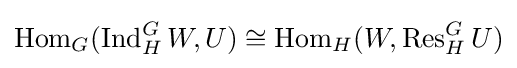
\operatorname {Hom} _{G}(\operatorname {Ind} _{H}^{G}W,U)\cong \operatorname {Hom} _{H}(W,\operatorname {Res} _{H}^{G}U)